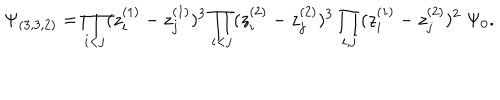
LaTeX: \Psi _ { ( 3 , 3 , 2 ) } = \prod _ { i < j } ( z _ { i } ^ { ( 1 ) } - z _ { j } ^ { ( 1 ) } ) ^ { 3 } \prod _ { i < j } ( z _ { i } ^ { ( 2 ) } - z _ { j } ^ { ( 2 ) } ) ^ { 3 } \prod _ { i , j } ( z _ { i } ^ { ( 1 ) } - z _ { j } ^ { ( 2 ) } ) ^ { 2 } \; \Psi _ { 0 } .